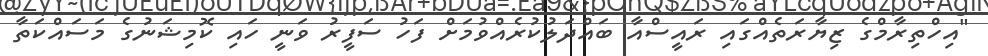
"އިހްތިރާމްގެ ޒިޔާރަތެއްގައި ރައީސްއާ ބައްދަލުކުރެއްވުމަށް ފަހު ސަފީރު ވަނީ ހައި ކޮމިޝަނުގެ މަސައްކަތާ